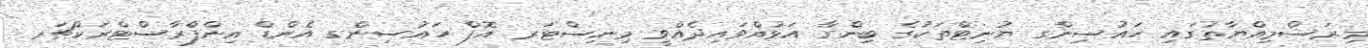
މިރަސްމިއްޔާތުގައި ހައުސިންގ ޔުނިޓްތަކުގެ ބިންގާ އަޅުއްވައިދެއްވީ މިނިސްޓަރ އޮފް ހައުސިންގ އެންޑް އިންފްރާސްޓްރަކްޗަރ